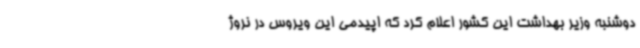
دوشنبه وزیر بهداشت این کشور اعلام کرد که اپیدمی این ویروس در نروژ